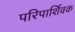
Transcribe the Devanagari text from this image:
परिपार्शिवक